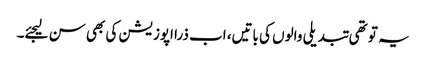
یہ تو تھی تبدیلی والوں کی باتیں، اب ذرا اپوزیشن کی بھی سن لیجئے۔